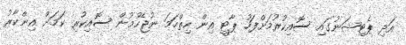
އަދި ޕެޓިޝަނުގައި ސޮއިކުރުމަށްފަހު ޕާޓީ އިން ހިތްހަމަ ނުޖެހުމުން ސޮއިކުރި ކަމަށް އިންކާރު